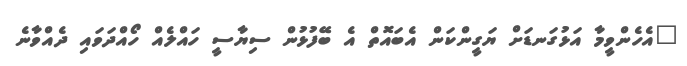
"އެހެންވީމާ އަޅުގަނޑަށް ޔަގީންކަން އެބައޮތް އެ ބޭފުޅުން ސިޔާސީ ހައްލެއް ހޯއްދަވައި ދެއްވާނެ